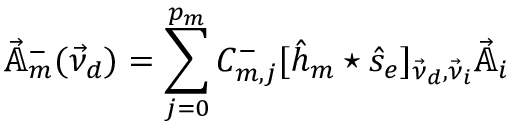
\vec { \mathbb { A } } _ { m } ^ { - } ( \vec { \nu } _ { d } ) = \sum _ { j = 0 } ^ { p _ { m } } C _ { m , j } ^ { - } [ \hat { h } _ { m } \star \hat { s } _ { e } ] _ { \vec { \nu } _ { d } , \vec { \nu } _ { i } } \vec { \mathbb { A } } _ { i }